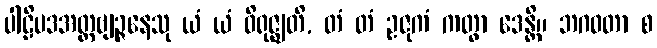
ပါဠိပဒအတ္ထဗျဉ္ဇနေသု ယံ ယံ ဝိရုဇ္ဈတိ, တံ တံ ဥဇုကံ ကတွာ ဒေန္တိ။ ဘဂဝတာ စ